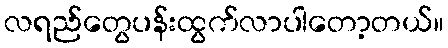
လရည်တွေပန်းထွက်လာပါတော့တယ်။